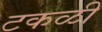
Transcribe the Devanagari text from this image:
टकळी